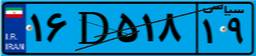
۵۱D۲۱۴۶۶